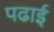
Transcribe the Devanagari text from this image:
पढार्इ